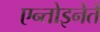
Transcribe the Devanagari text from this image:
एन्तोइनेते